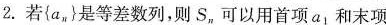
2.若{aw}是等差数列，则S，可以用首项a和末项